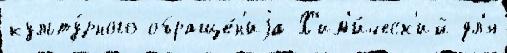
культу́рного обраще́н'иjа Х'им'и́ческ'ий дл'я